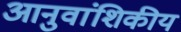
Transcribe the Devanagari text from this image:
आनुवांशिकीय